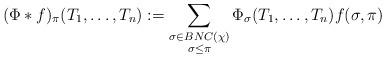
LaTeX: \begin{align*}(\Phi \ast f)_\pi(T_1, \ldots, T_n) := \sum_{\substack{\sigma \in BNC(\chi)\\ \sigma \leq \pi}} \Phi_\sigma(T_1,\ldots, T_n) f(\sigma, \pi)\end{align*}